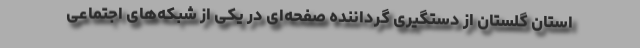
استان گلستان از دستگیری گرداننده صفحه‌ای در یکی از شبکه‌های اجتماعی